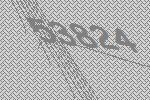
53824